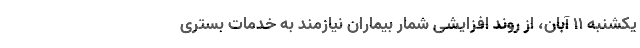
یکشنبه ۱۱ آبان، از روند افزایشی شمار بیماران نیازمند به خدمات بستری